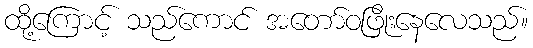
ထို့ကြောင့် သည်ကောင် အတော်ဝဖြိုးနေလေသည်။